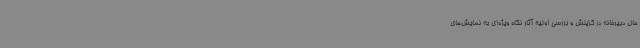
حال دبیرخانه در گزینش و بررسی اولیه آثار نگاه ویژه‌ای به نمایش‌های